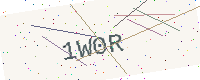
Text: 1W0R